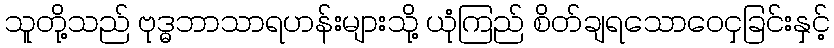
သူတို့သည် ဗုဒ္ဓဘာသာရဟန်းများသို့ ယုံကြည် စိတ်ချရသောဝေငှခြင်းနှင့်